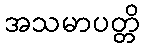
အသမာပတ္တိ